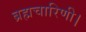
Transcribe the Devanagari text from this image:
ब्रह्मचारिणी।